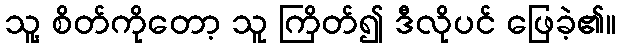
သူ့ စိတ်ကိုတော့ သူ ကြိတ်၍ ဒီလိုပင် ဖြေခဲ့၏။